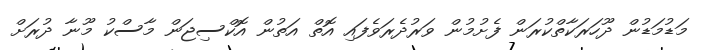
މަޑުމަޑުން ދޫހަރަކާތްކުރަން ފެށުމުން ވަރުދެރަވެފައި އޮތް އަތުން އޮކްސިޖަން މާސްކު މޫނާ ދުރަށް